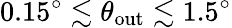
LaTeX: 0.15^{\circ}\lesssim\theta_{\mathrm{out}}\lesssim 1.5^{\circ}